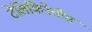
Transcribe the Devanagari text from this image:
टेलिकिनेसीस